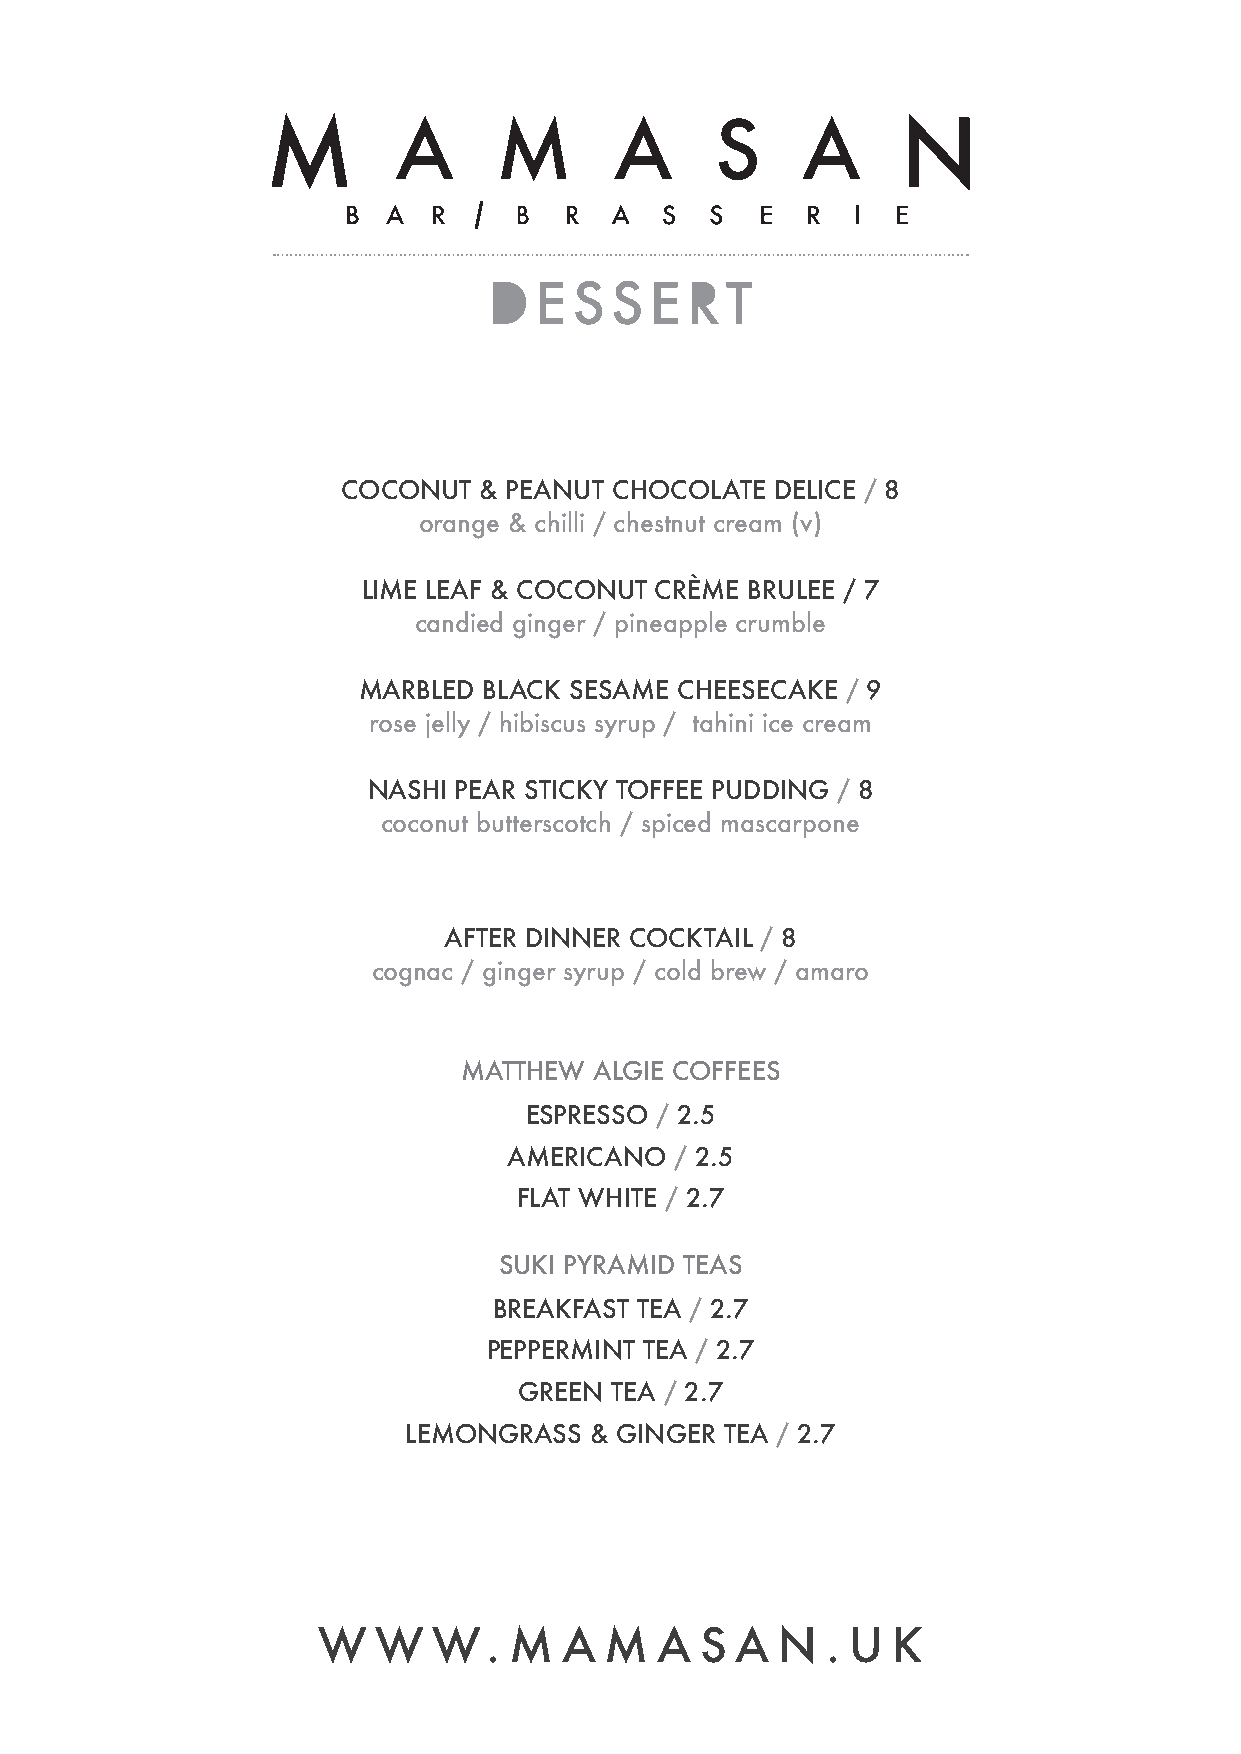
DESSERT
 COCONUT  & PEANUT CHOCOLATE DELICE / 8
 orange & chilli / chestnut cream (v)
 LIME LEAF & COCONUT CRÈME BRULEE / 7
 candied ginger / pineapple crumble
 MARBLED BLACK SESAME CHEESECAKE / 9
 rose jelly / hibiscus syrup / tahini ice cream
 NASHI PEAR STICKY TOFFEE PUDDING / 8
 coconut butterscotch / spiced mascarpone
 AFTER DINNER COCKTAIL / 8
 cognac / ginger syrup / cold brew / amaro
 MATTHEW  ALGIE COFFEES
 ESPRESSO / 2.5
 AMERICANO  / 2.5
 FLAT WHITE / 2.7
 SUKI PYRAMID TEAS
 BREAKFAST TEA / 2.7
 PEPPERMINT TEA / 2.7
 GREEN TEA / 2.7
 LEMONGRASS  & GINGER TEA / 2.7
 W   W   W.   M  A  M   A S  A  N  . U K